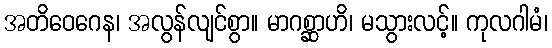
အတိဝေဂေန၊ အလွန်လျင်စွာ။ မာဂစ္ဆာဟိ၊ မသွားလင့်။ ကုလဂါမံ၊